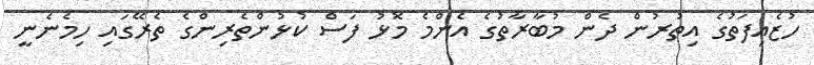
ހުޒެއިފަތުގެ އިތުރުން ދެން މުބާރާތުގެ އެންމެ މޮޅު ފަސް ކުޅުންތެރިންގެ ތެރޭގައި ހިމެނެނީ